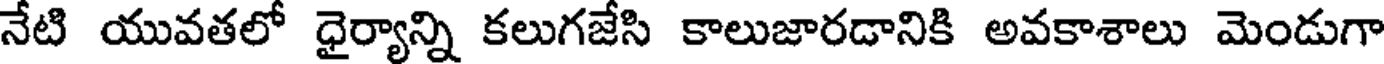
నేటి యువతలో ధైర్యాన్ని కలుగజేసి కాలుజారడానికి అవకాశాలు మెండుగా